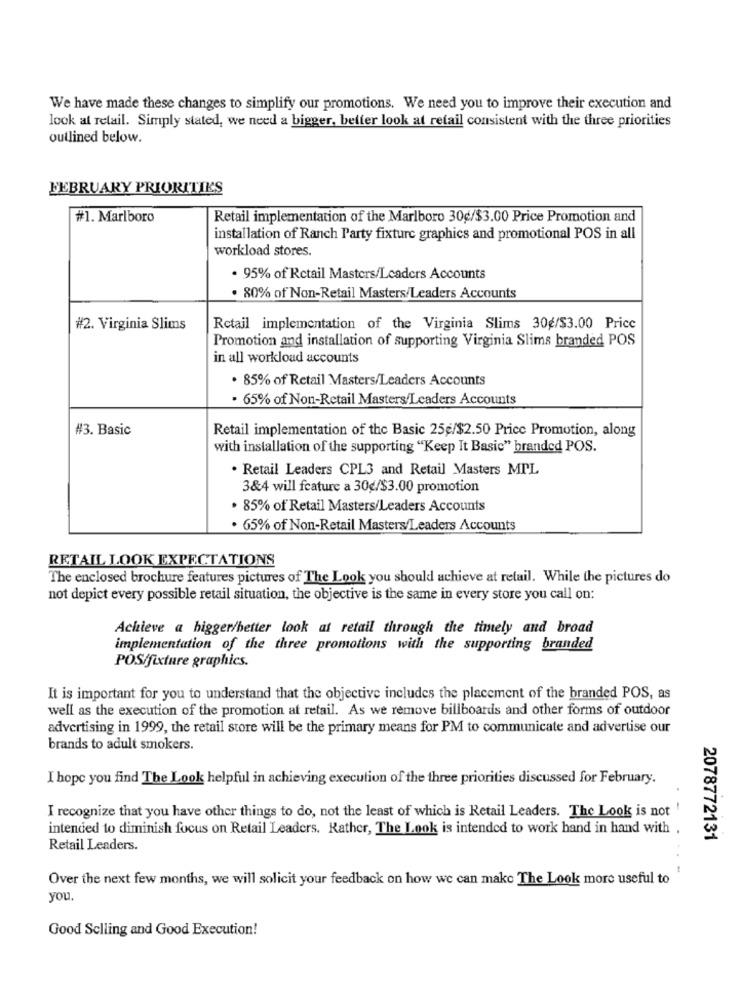
We have made these changes to simplify our promotions. We need you to improve their execution and
look at retail. Simply stated, we need a bigger, better look at retail consistent with the three priorities
outlined below.
FEBRUARY PRIORITIES
#1. Marlboro
Retail implementation of the Marlboro 30€/$3.00 Price Promotion and
installation of Ranch Party fixture graphics and promotional POS in all
workload stores.
. 95% of Retail Masters/Leaders Accounts
· 80% of Non-Retail Masters/Leaders Accounts
#2. Virginia Slims
Retail implementation of the Virginia Slims 30g/$3.00 Price
Promotion and installation of supporting Virginia Slims branded POS
in all workload accounts
. 85% of Retail Masters/Leaders Accounts
· 65% of Non-Retail Masters/Leaders Accounts
#3. Basic
Retail implementation of the Basic 25g/$2.50 Price Promotion, along
with installation of the supporting "Keep It Basic" branded POS.
. Retail Leaders CPL3 and Retail Masters MPL
3&4 will feature a 30g/$3.00 promotion
· 85% of Retail Masters/Leaders Accounts
. 65% of Non-Retail Masters/Leaders Accounts
RETAIL LOOK EXPECTATIONS
The enclosed brochure features pictures of The Look you should achieve at retail. While the pictures do
not depict every possible retail situation, the objective is the same in every store you call on:
Achieve a bigger/better look at retail through the timely and broad
implementation of the three promotions with the supporting branded
POS/fixture graphics.
It is important for you to understand that the objective includes the placement of the branded POS, as
well as the execution of the promotion at retail. As we remove billboards and other forms of outdoor
advertising in 1999, the retail store will be the primary means for PM to communicate and advertise our
brands to adult smokers.
I hope you find The Look helpful in achieving execution of the three priorities discussed for February.
I recognize that you have other things to do, not the least of which is Retail Leaders. The Look is not
intended to diminish focus on Retail Leaders. Rather, The Look is intended to work hand in hand with ,
2078772131
Retail Leaders.
Over the next few months, we will solicit your feedback on how we can make The Look more useful to
you.
Good Selling and Good Execution!